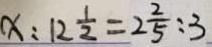
x : 1 2 \frac { 1 } { 2 } = 2 \frac { 2 } { 5 } : 3